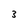
Character: 3